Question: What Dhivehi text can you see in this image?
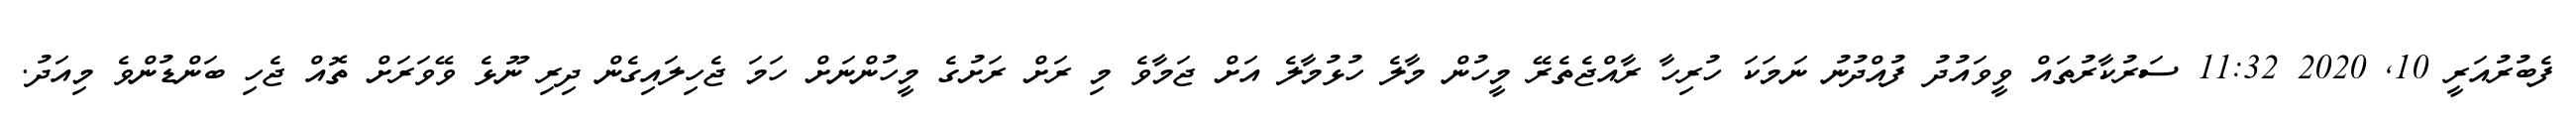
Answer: ފެބުރުއަރީ 10, 2020 11:32 ސަރުކާރުތައް ވީވައުދު ފުއްދުނު ނަމަކަ ހުރިހާ ރާއްޖެތެރޭ މީހުން މާލެ ހުޅުމާލެ އަށް ޖަމާވެ މި ރަށް ރަށުގެ މީހުންނަށް ހަމަ ޖެހިލައިގެން ދިރި ނޫޅެ ވޭވަރަށް ތޮއް ޖެހި ބަންޑުންވެ މިއަދު.